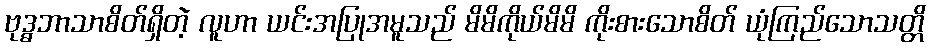
ဗုဒ္ဓဘာသာစိတ်ရှိတဲ့ လူဟာ ယင်းအပြုအမူသည် မိမိကိုယ်မိမိ ကိုးစားသောစိတ် ယုံကြည်သောသတ္တိ